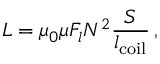
L = \mu _ { 0 } \mu F _ { l } N ^ { 2 } \frac { S } { l _ { \mathrm { c o i l } } } \, ,